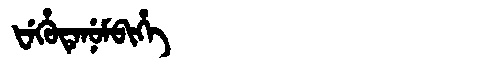
Manchu: ᡶᡝᡥᡠᡨᡝᠨᡠᠮᠪᡳᡥᡝ
Romanization: FEHUTENUMBIHE